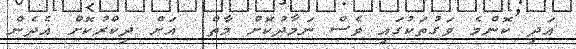
އަދި ކޮންމެ ވަގުތަކުގައި ވެސް ނަމާދުކޮށް މާތް  އަށް ޛިކްރުކޮށް އެދެން